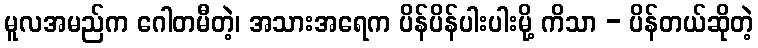
မူလအမည်က ဂေါတမီတဲ့၊ အသားအရေက ပိန်ပိန်ပါးပါးမို့ ကိသာ - ပိန်တယ်ဆိုတဲ့